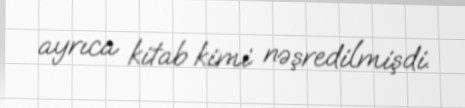
ayrıca kitab kimi nəşredilmişdi.